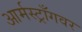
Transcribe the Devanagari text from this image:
आर्मस्ट्राँगवर